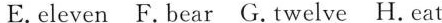
E.eleven F.bear G.twelve H.rat